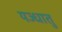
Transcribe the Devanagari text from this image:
यज्धातु